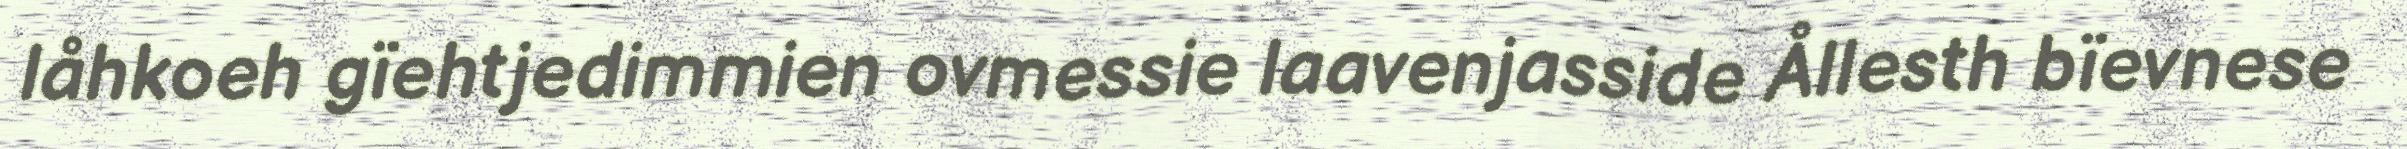
låhkoeh gïehtjedimmien ovmessie laavenjasside Ållesth bïevnese